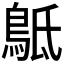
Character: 𪀍